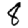
Digit: 8